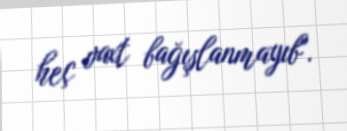
heç vaxt bağışlanmayıb".